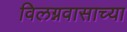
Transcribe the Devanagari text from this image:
विलग्नवासाच्या